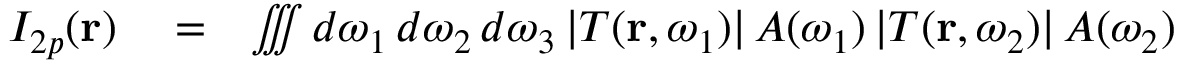
\begin{array} { r l r } { I _ { 2 p } ( \mathbf { r } ) } & { { } = } & { \iiint d \omega _ { 1 } \, d \omega _ { 2 } \, d \omega _ { 3 } \, | T ( \mathbf { r } , \omega _ { 1 } ) | \, A ( \omega _ { 1 } ) \, | T ( \mathbf { r } , \omega _ { 2 } ) | \, A ( \omega _ { 2 } ) } \end{array}